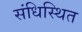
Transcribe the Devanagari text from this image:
संधिस्थित